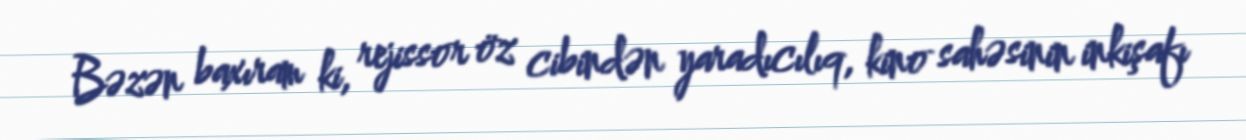
Bəzən baxıram ki, rejissor öz cibindən yaradıcılıq, kino sahəsinin inkişafı